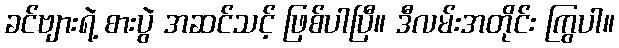
ခင်ဗျားရဲ့ စားပွဲ အဆင်သင့် ဖြစ်ပါပြီ။ ဒီလမ်းအတိုင်း ကြွပါ။